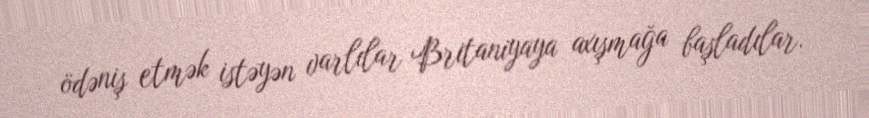
ödəniş etmək istəyən varlılar Britaniyaya axışmağa başladılar.